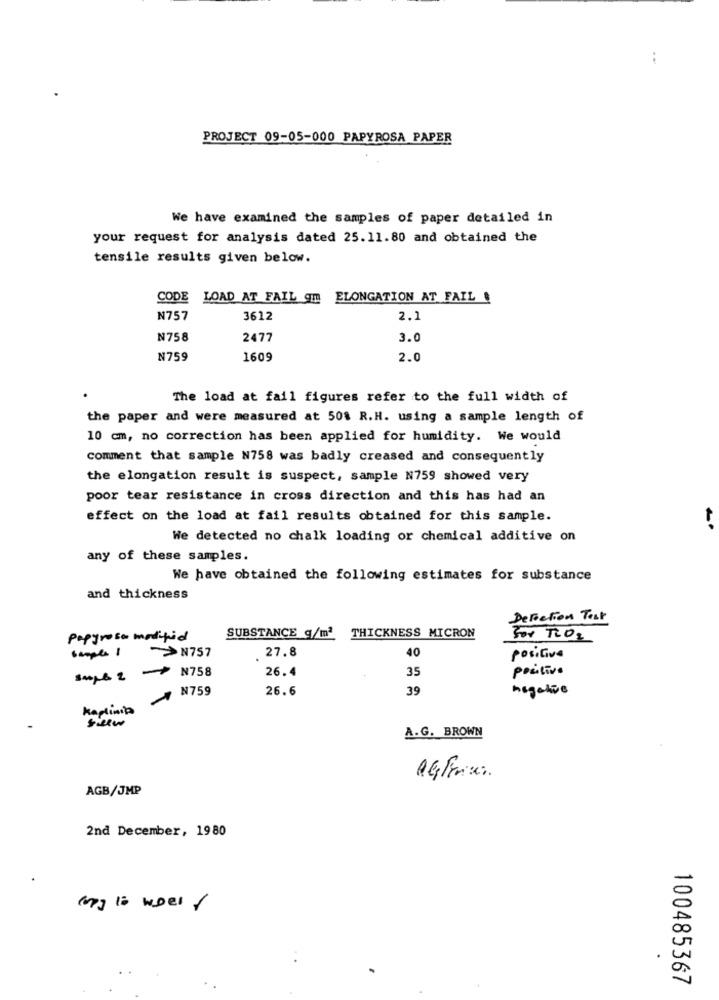
PROJECT 09-05-000 PAPYROSA PAPER
We have examined the samples of paper detailed in
your request for analysis dated 25.11.80 and obtained the
tensile results given below.
CODE
LOAD AT FAIL
ELONGATION AT FAIL
N757
3612
2.1
N758
2477
3.0
N759
1609
2.0
The load at fail figures refer to the full width of
the paper and were measured at 50% R.H. using a sample length of
10 cm, no correction has been applied for humidity. We would
comment that sample N758 was badly creased and consequently
the elongation result is suspect, sample N759 showed very
poor tear resistance in cross direction and this has had an
effect on the load at fail results obtained for this sample.
We detected no chalk loading or chemical additive on
any of these samples.
We have obtained the following estimates for substance
and thickness
Defection Tell
THICKNESS MICRON
popyrosa modified
SUBSTANCE g/m2
500 TID:
>>N757
27.8
scope 1
40
positive
Smf& 2 - N758
26.4
35
positivo
N759
26.6
39
negative
kaplinis
A.G. BROWN
AGB/JMP
2nd December, 1980
() 10 WDel /
. .
100485367
.